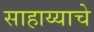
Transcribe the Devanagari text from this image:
साहाय्याचे